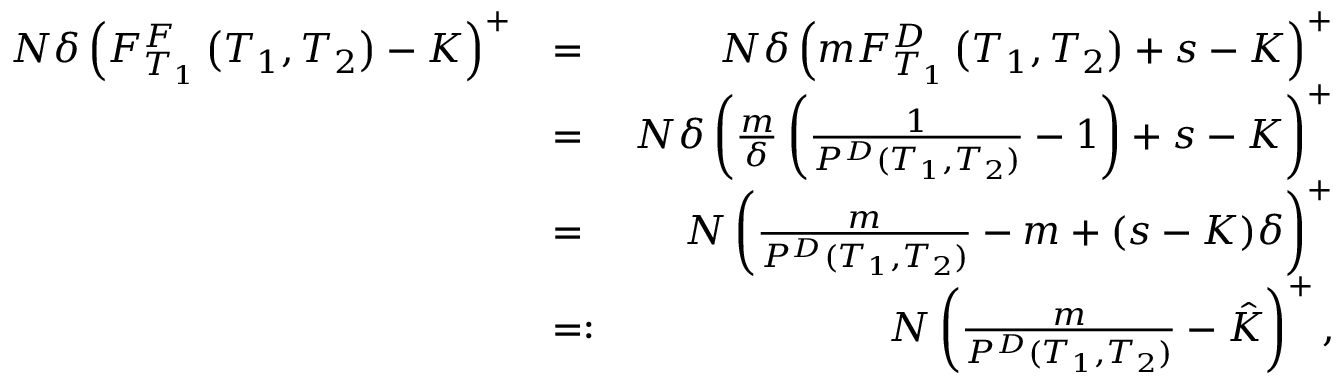
\begin{array} { r l r } { N \delta \left( F _ { T _ { 1 } } ^ { F } \left( T _ { 1 } , T _ { 2 } \right) - K \right) ^ { + } } & { = } & { N \delta \left( m F _ { T _ { 1 } } ^ { D } \left( T _ { 1 } , T _ { 2 } \right) + s - K \right) ^ { + } } \\ & { = } & { N \delta \left( \frac { m } { \delta } \left( \frac { 1 } { P ^ { D } ( T _ { 1 } , T _ { 2 } ) } - 1 \right) + s - K \right) ^ { + } } \\ & { = } & { N \left( \frac { m } { P ^ { D } ( T _ { 1 } , T _ { 2 } ) } - m + ( s - K ) \delta \right) ^ { + } } \\ & { = : } & { N \left( \frac { m } { P ^ { D } ( T _ { 1 } , T _ { 2 } ) } - \hat { K } \right) ^ { + } , } \end{array}